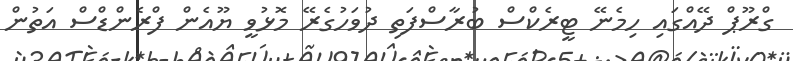
ގްރޫޕް ދޭއްގައި ހިމެނޭ ޓީރެކްސް ބުރާސްފަތި ދުވަހުގެރޭ މޮޅުވީ ޔޫއެން ފްރެންޑްސް އަތުން